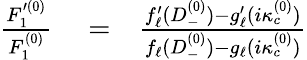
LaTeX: \begin{array}{rlr}{\frac{F_{1}^{\prime(0)}}{F_{1}^{(0)}}}&{{}=}&{\frac{f_{\ell}^{\prime}(D_{-}^{(0)})-g_{\ell}^{\prime}(i\kappa_{c}^{(0)})}{f_{\ell}(D_{-}^{(0)})-g_{\ell}(i\kappa_{c}^{(0)})}}\end{array}